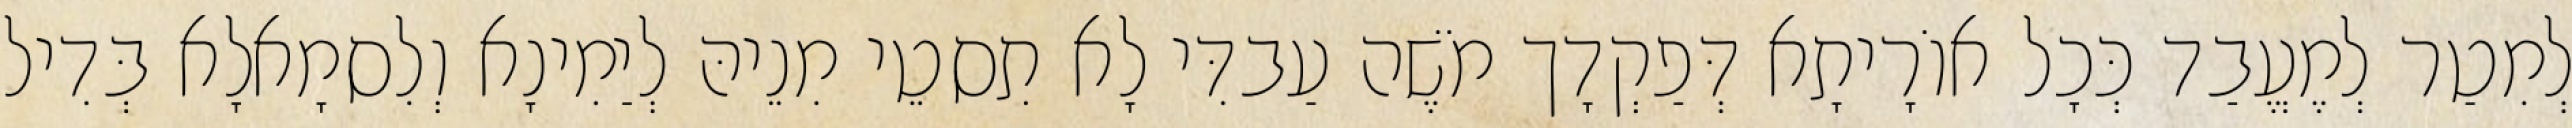
לְמִטַר לְמֶעֱבַד כְּכָל אוֹרָיתָא דְּפַקְדָך מֹשֶׁה עַבדִּי לָא תִסטֵי מִנֵיהּ לְיַמִינָא וְלִסמָאלָא בְּדִיל